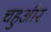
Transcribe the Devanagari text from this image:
चहुऔर